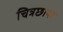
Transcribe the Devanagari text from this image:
चित्रछाया